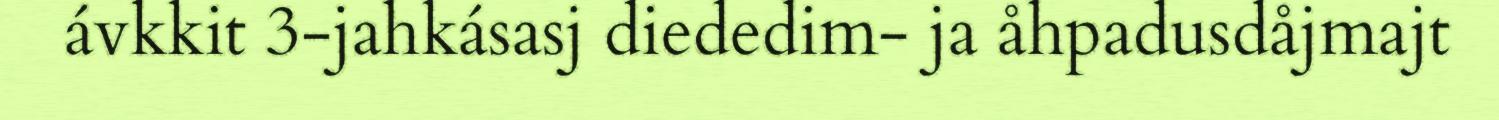
ávkkit 3-jahkásasj diededim- ja åhpadusdåjmajt